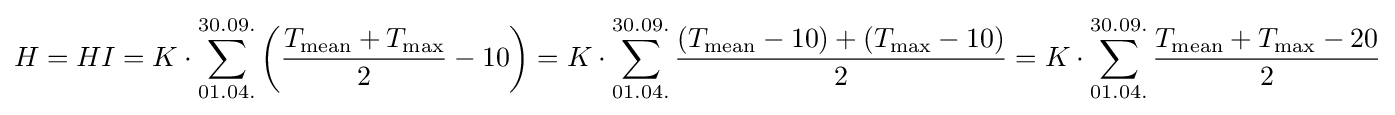
H=HI=K\cdot \sum \limits _{01.04.}^{30.09.}\left({\frac {T_{\mathrm {mean} }+T_{\mathrm {max} }}{2}}-10\right)=K\cdot \sum \limits _{01.04.}^{30.09.}{\frac {\left(T_{\mathrm {mean} }-10\right)+\left(T_{\mathrm {max} }-10\right)}{2}}=K\cdot \sum \limits _{01.04.}^{30.09.}{\frac {T_{\mathrm {mean} }+T_{\mathrm {max} }-20}{2}}